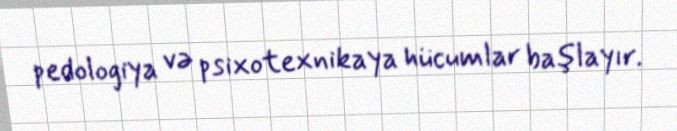
pedologiya və psixotexnikaya hücumlar başlayır.